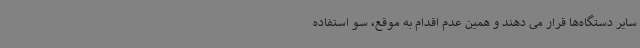
سایر دستگاه‌ها قرار می دهند و همین عدم اقدام به موقع، سو استفاده